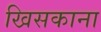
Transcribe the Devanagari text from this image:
खिसकाना